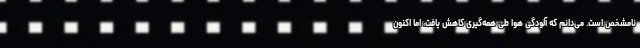
نامشخص است. می‌دانم که آلودگی هوا طی همه‌گیری کاهش یافت، اما اکنون